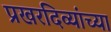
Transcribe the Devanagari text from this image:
प्रखरदिव्यांच्या